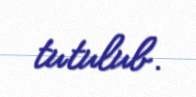
tutulub.